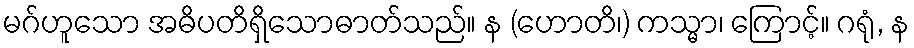
မဂ်ဟူသော အဓိပတိရှိသောဓာတ်သည်။ န (ဟောတိ၊) ကသ္မာ၊ ကြောင့်။ ဂရုံ, န